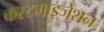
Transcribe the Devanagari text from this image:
कस्टमाइजेशन